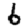
Digit: 6